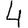
Digit: 4